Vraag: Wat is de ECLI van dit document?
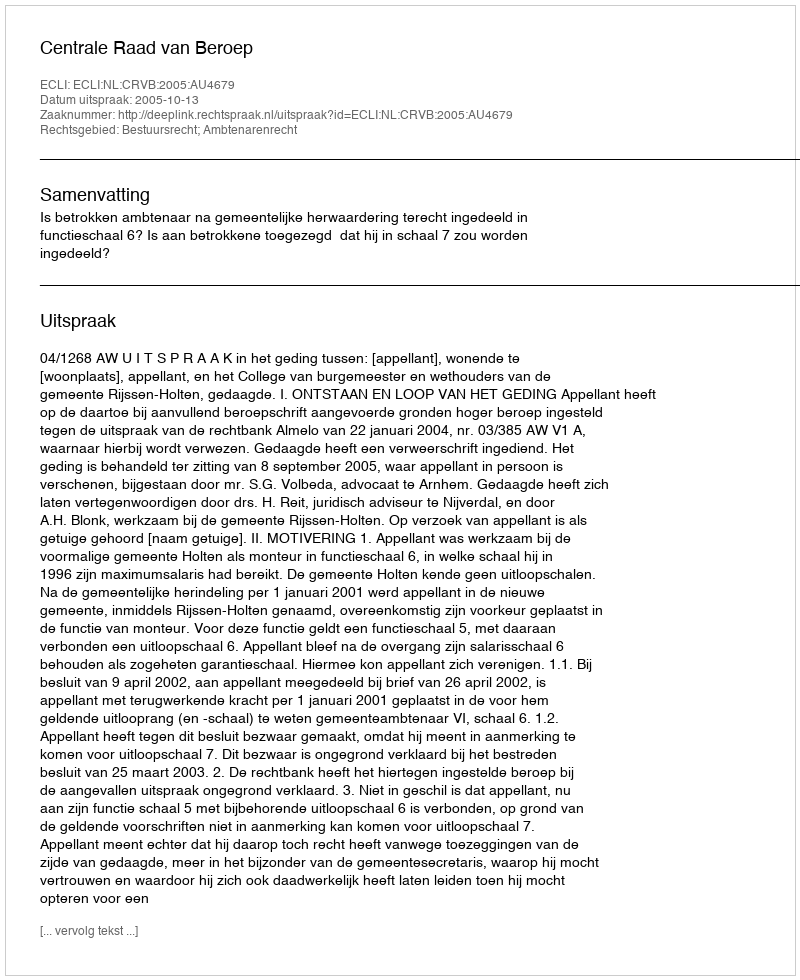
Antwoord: ECLI:NL:CRVB:2005:AU4679